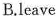
A.leaving B.leave C.to leave